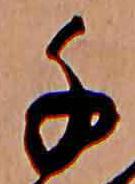
千